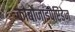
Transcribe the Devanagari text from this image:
कार्बोजाइपेप्टिडेज